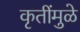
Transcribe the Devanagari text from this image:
कृतींमुळे